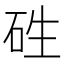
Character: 𥑥